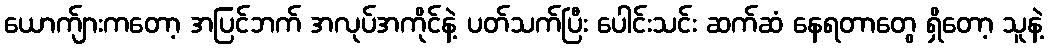
ယောက်ျားကတော့ အပြင်ဘက် အလုပ်အကိုင်နဲ့ ပတ်သက်ပြီး ပေါင်းသင်း ဆက်ဆံ နေရတာတွေ ရှိတော့ သူနဲ့